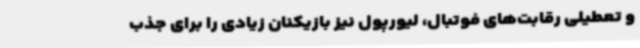
و تعطیلی رقابت‌های فوتبال، لیورپول نیز بازیکنان زیادی را برای جذب